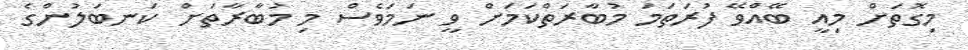
މިގޮތަށް މިއީ ބޭއްވޭ ފުރަތަމަ މުބާރަތްކަމަށް ވީ ނަމަވެސް މި މުބާރާތަށް ކަނބަލުންގެ